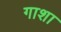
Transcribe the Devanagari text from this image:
गाशा